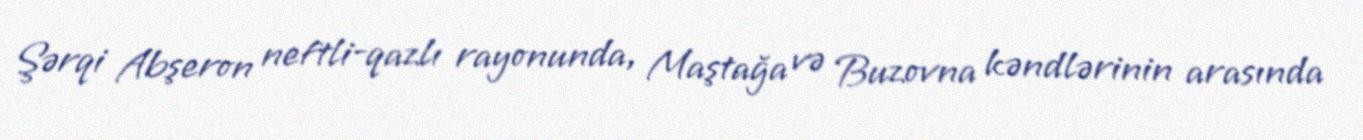
Şərqi Abşeron neftli-qazlı rayonunda, Maştağa və Buzovna kəndlərinin arasında